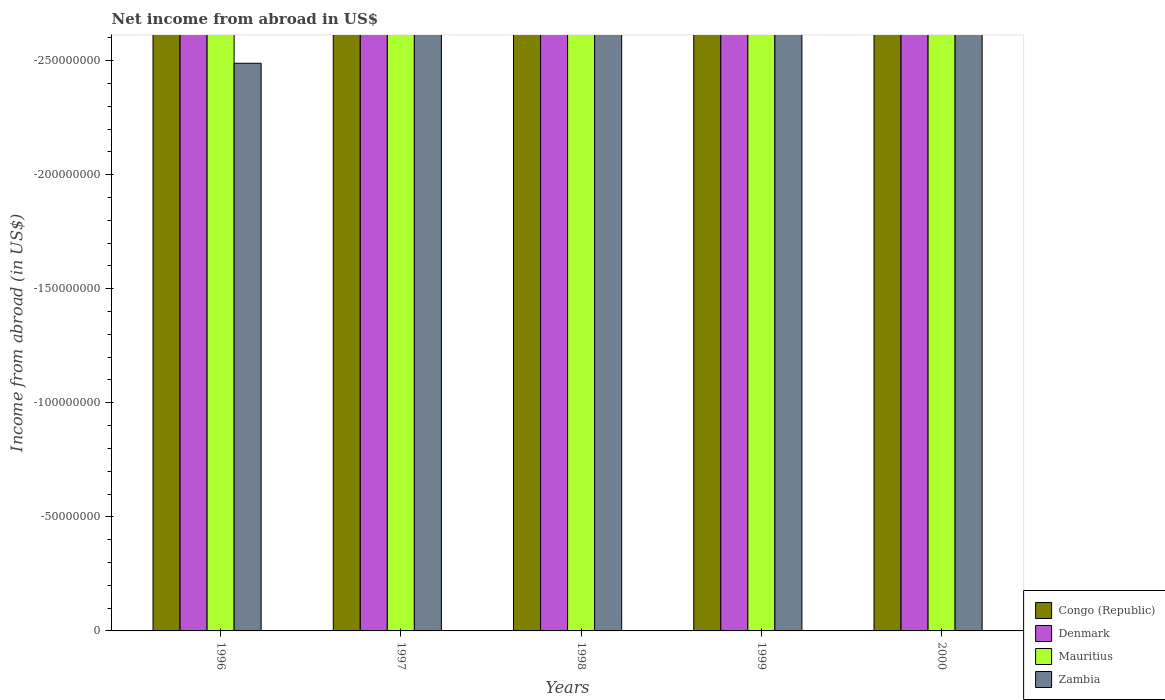
| Years | Congo (Republic) | Denmark | Mauritius | Zambia |
 | --- | --- | --- | --- | --- |
 | 1996 | -5.55e+11 | -1.33e+10 | -7.89e+08 | -2.49e+08 |
 | 1997 | -3.86e+11 | -1.54e+10 | -3.72e+08 | -3.3e+08 |
 | 1998 | -2.78e+11 | -1.27e+10 | -6.37e+08 | -4.15e+08 |
 | 1999 | -4.37e+11 | -1.03e+10 | -5.94e+08 | -3.91e+08 |
 | 2000 | -6.73e+11 | -2.72e+10 | -7.83e+08 | -4.86e+08 |